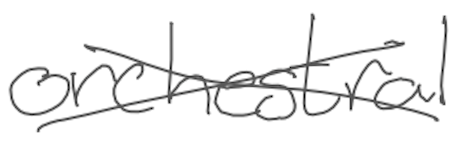
Text: orchestral
Cross-out: cross
Writing tool: digital_gray